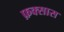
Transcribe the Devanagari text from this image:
फ़क्सास